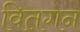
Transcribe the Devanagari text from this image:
वितगन